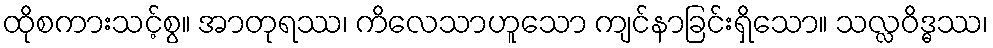
ထိုစကားသင့်စွ။ အာတုရဿ၊ ကိလေသာဟူသော ကျင်နာခြင်းရှိသော။ သလ္လဝိဒ္ဓဿ၊